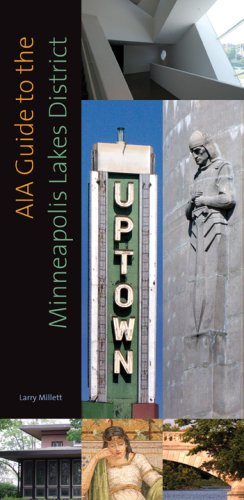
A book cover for AIA Guide to the Minneapolis Lake District; Larry Millett; Travel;